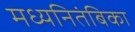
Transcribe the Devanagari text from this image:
मध्यनितंबिका